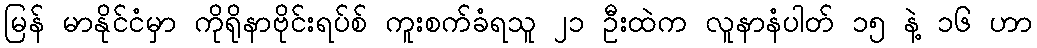
မြန် မာနိုင်ငံမှာ ကိုရိုနာဗိုင်းရပ်စ် ကူးစက်ခံရသူ ၂၁ ဦးထဲက လူနာနံပါတ် ၁၅ နဲ့ ၁၆ ဟာ